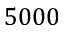
5 0 0 0